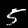
Label: 5